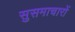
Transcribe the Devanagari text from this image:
सुसमाचारों